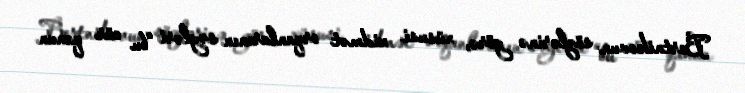
Bortnikovun sözlərinə görə, xüsusi xidmət orqanlarının səyləri “bu cür qanun